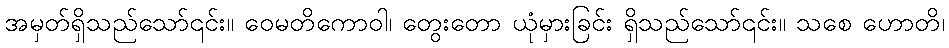
အမှတ်ရှိသည်သော်၎င်း။ ဝေမတိကောဝါ၊ တွေးတော ယုံမှားခြင်း ရှိသည်သော်၎င်း။ သစေ ဟောတိ၊